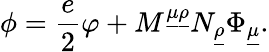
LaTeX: \phi=\frac{e}{2}\varphi+M^{\underline{{{\mu}}}\underline{{{\rho}}}}N_{\underline{{{\rho}}}}\Phi_{\underline{{{\mu}}}}.